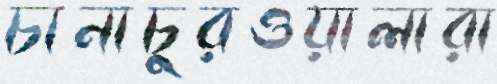
চানাচুরওয়ালারা